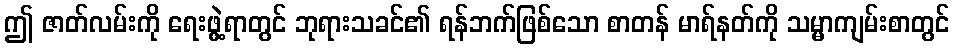
ဤ ဇာတ်လမ်းကို ရေးဖွဲ့ရာတွင် ဘုရားသခင်၏ ရန်ဘက်ဖြစ်သော စာတန် မာရ်နတ်ကို သမ္မာကျမ်းစာတွင်